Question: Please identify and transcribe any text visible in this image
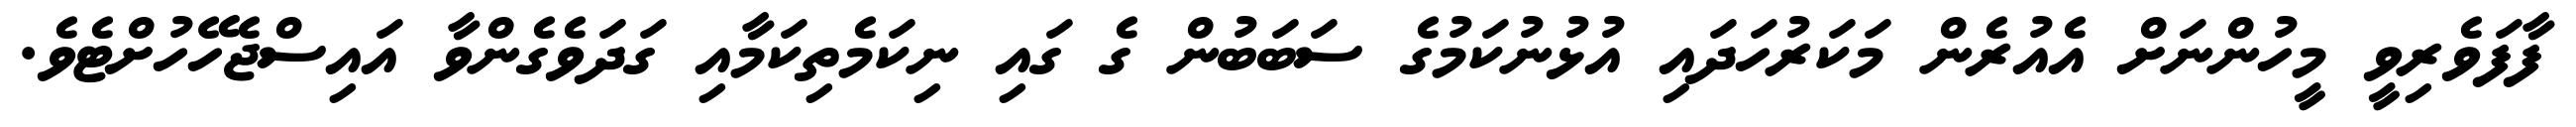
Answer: ފާފަވެރިވީ މީހުންނަށް އެއުރެން މަކަރުހަދައި އުޅުނުކަމުގެ ސަބަބުން ގެ ގައި ނިކަމެތިކަމާއި ގަދަވެގެންވާ އައިސްޖެހޭހުށްޓެވެ.